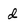
Character: d